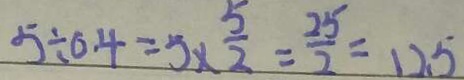
5 \div 0 . 4 = 5 \times \frac { 5 } { 2 } = \frac { 2 5 } { 2 } = 1 2 . 5